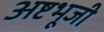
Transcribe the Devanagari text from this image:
अष्टभूजी